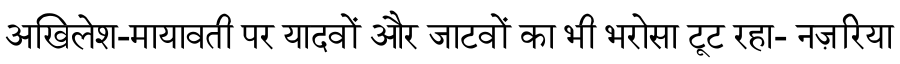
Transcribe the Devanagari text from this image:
अखिलेश-मायावती पर यादवों और जाटवों का भी भरोसा टूट रहा- नज़रिया